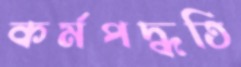
কর্মপদ্ধতি